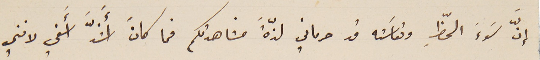
إنّ سَوءَ الحظِ وتعاسَته قد حرماني لذّة َمشاهدتكم فما كانَ أَشدَّ اسفي لانني